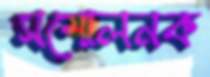
সম্মেলনক